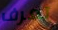
تعرف